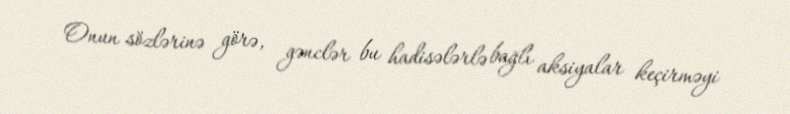
Onun sözlərinə görə, gənclər bu hadisələrlə bağlı aksiyalar keçirməyi